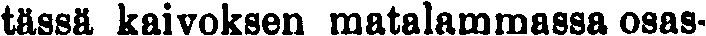
tässä kaivoksen matalammassa osas-